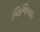
જિજિબાઇ